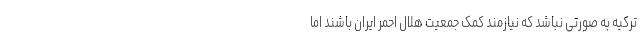
ترکیه به صورتی نباشد که نیازمند کمک جمعیت هلال احمر ایران باشند اما